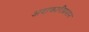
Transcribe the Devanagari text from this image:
अदाकारीप्रधान